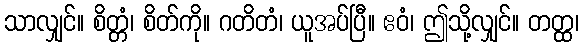
သာလျှင်။ စိတ္တံ၊ စိတ်ကို။ ဂတိတံ၊ ယူအပ်ပြီ။ ဧဝံ၊ ဤသို့လျှင်။ တတ္ထ၊